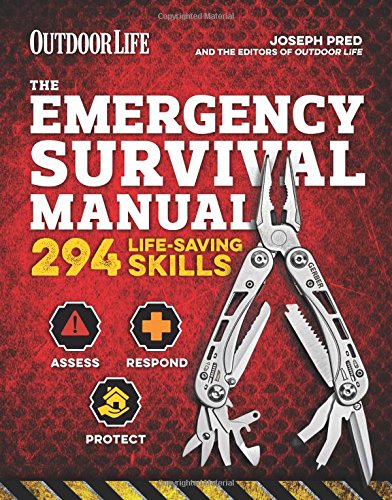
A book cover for The Emergency Survival Manual (Outdoor Life); Joseph Pred; Reference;